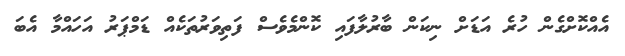
އެއްކޮށްގެން ހުރެ އަޑަށް ނިކަން ބާރުލާފައި ކޮންމެވެސް ފަތިވަރުތަކެއް ޑަމްޕަރު އަހައްމާ އެބަ